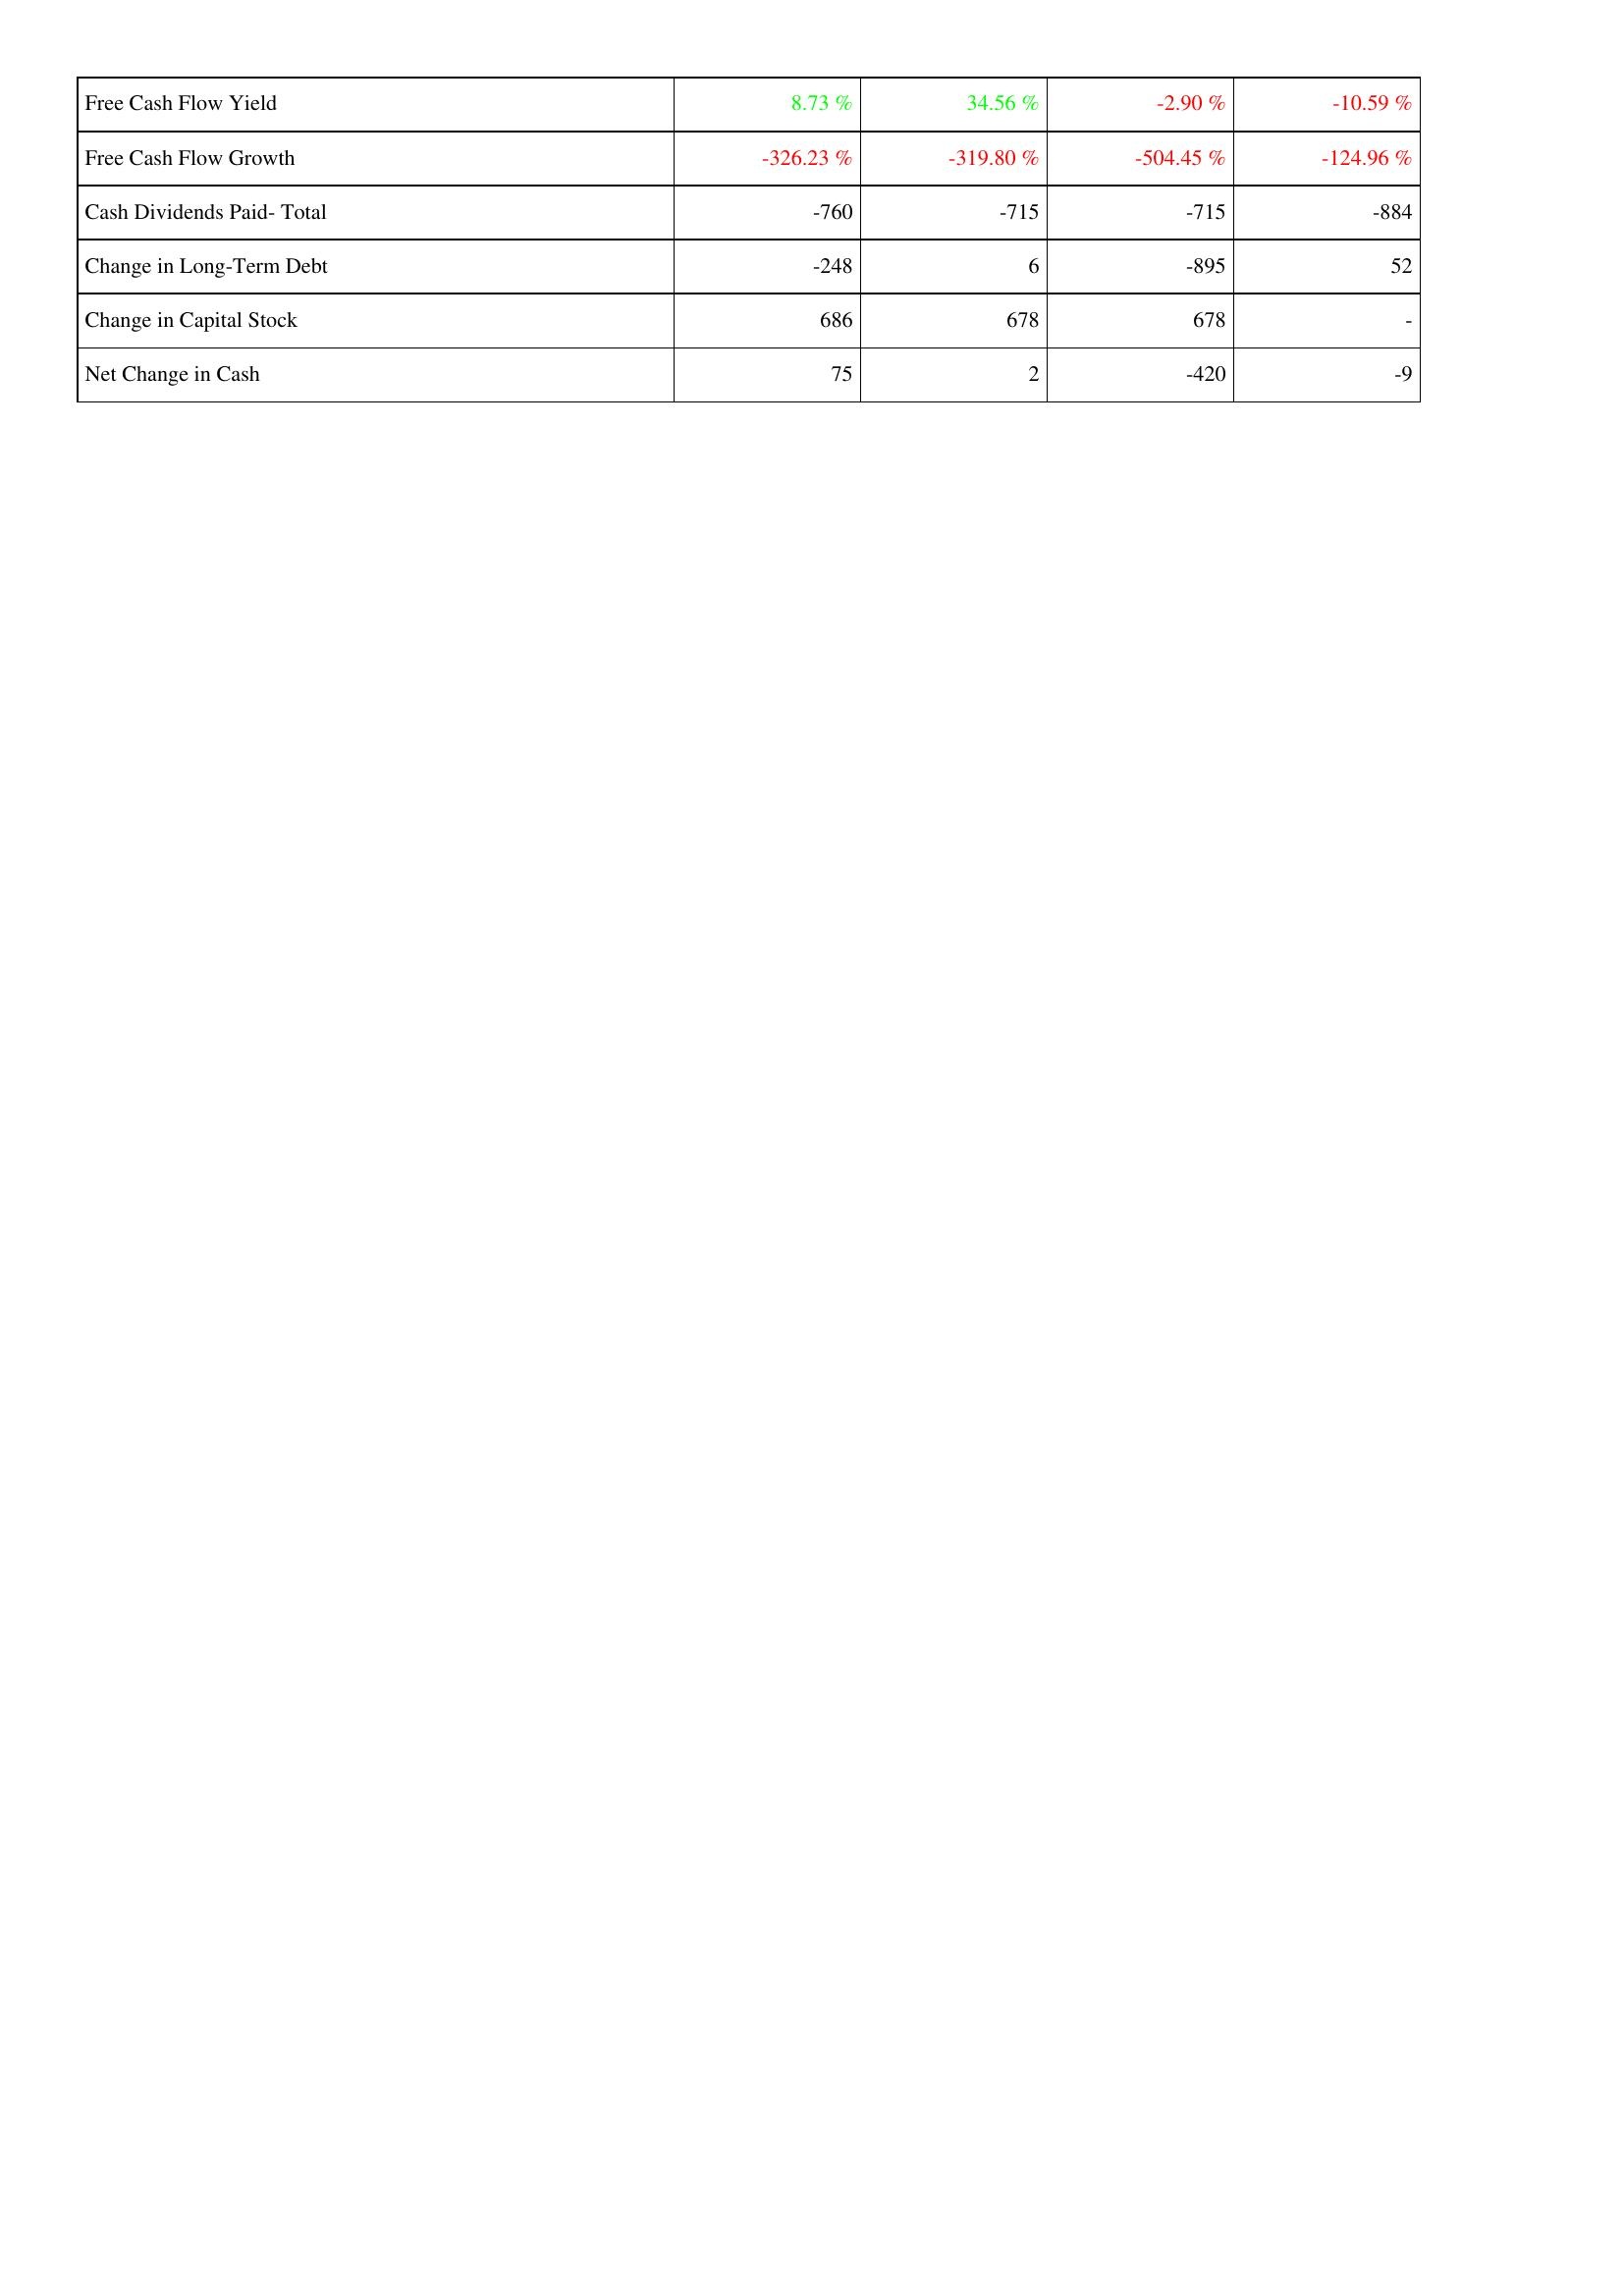
2020: Financing Activities: Free Cash Flow Yield: 8.73 %
Free Cash Flow Growth: -326.23 %
Cash Dividends Paid- Total: -760
Change in Long-Term Debt: -248
Change in Capital Stock: 686
Net Change in Cash: 75
2019: Financing Activities: Free Cash Flow Yield: 34.56 %
Free Cash Flow Growth: -319.80 %
Cash Dividends Paid- Total: -715
Change in Long-Term Debt: 6
Change in Capital Stock: 678
Net Change in Cash: 2
2018: Financing Activities: Free Cash Flow Yield: -2.90 %
Free Cash Flow Growth: -504.45 %
Cash Dividends Paid- Total: -715
Change in Long-Term Debt: -895
Change in Capital Stock: 678
Net Change in Cash: -420
2017: Financing Activities: Free Cash Flow Yield: -10.59 %
Free Cash Flow Growth: -124.96 %
Cash Dividends Paid- Total: -884
Change in Long-Term Debt: 52
Change in Capital Stock: -
Net Change in Cash: -9